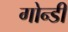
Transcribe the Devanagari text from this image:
गोन्डी